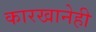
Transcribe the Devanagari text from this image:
कारखानेही